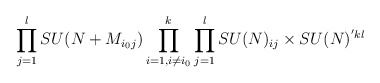
\begin{align*} \prod_{j=1}^{l} SU(N + M_{i_{0} j}) \prod_{i=1, i \ne i_0}^{k} \prod_{j=1}^{l} SU(N)_{ij} \times SU(N)^{'kl}\end{align*}